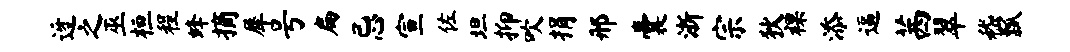
迓之巫桓程蜂摘犀号扁忌宣佐坦抑吹捐邢囊浙宗狄裸添逼茜翠嵇瓢